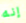
إنه